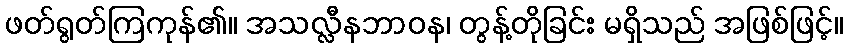
ဖတ်ရွတ်ကြကုန်၏။ အသလ္လီနဘာဝန၊ တွန့်တိုခြင်း မရှိသည် အဖြစ်ဖြင့်။